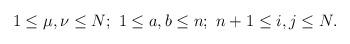
LaTeX: \begin{align*}1 \leq \mu,\nu \leq N; \ 1 \leq a, b\leq n; \ n +1 \leq i, j \leq N.\end{align*}